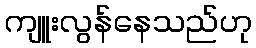
ကျူးလွန်နေသည်ဟု